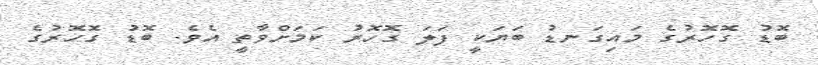
ބޮޑު ގޮހޮރުގެ މައިގަނޑު ބަޔަކީ ފަލަ ގޮހޮރު ކަމަށްވާތީ އެވެ. ބޮޑު ގޮހޮރުގެ